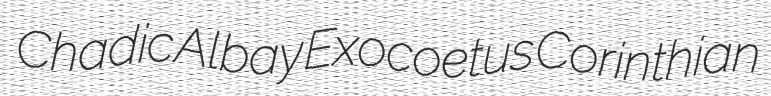
Chadic Albay Exocoetus Corinthian